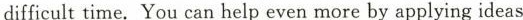
difficult time. You can help even more by applying ideas